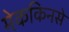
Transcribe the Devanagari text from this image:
मेककिनसे